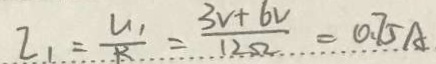
I _ { 1 } = \frac { U _ { 1 } } { R } = \frac { 3 v + 6 V } { 1 2 \Omega } = 0 . 7 5 A